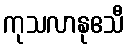
ကုသလာနုဧသီ